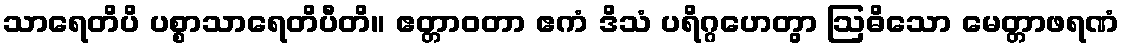
သာရေတိပိ ပစ္စာသာရေတိပီတိ။ ဧတ္တာဝတာ ဧကံ ဒိသံ ပရိဂ္ဂဟေတွာ ဩဓိသော မေတ္တာဖရဏံ